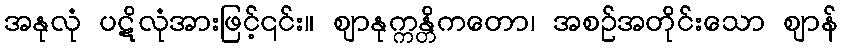
အနုလုံ ပဋိလုံအားဖြင့်၎င်း။ ဈာနုက္ကန္တိကတော၊ အစဉ်အတိုင်းသော ဈာန်